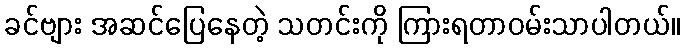
ခင်ဗျား အဆင်ပြေနေတဲ့ သတင်းကို ကြားရတာဝမ်းသာပါတယ်။